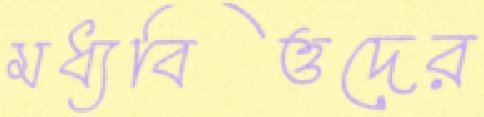
মধ্যবিত্তদের